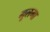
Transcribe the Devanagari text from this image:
मूलगा